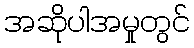
အဆိုပါအမှုတွင်